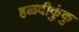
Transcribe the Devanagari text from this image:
हळदीकुंकु